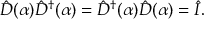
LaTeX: \hat { D } ( \alpha ) \hat { D } ^ { \dagger } ( \alpha ) = \hat { D } ^ { \dagger } ( \alpha ) \hat { D } ( \alpha ) = \hat { I } .